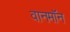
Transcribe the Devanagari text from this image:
वानमॉन